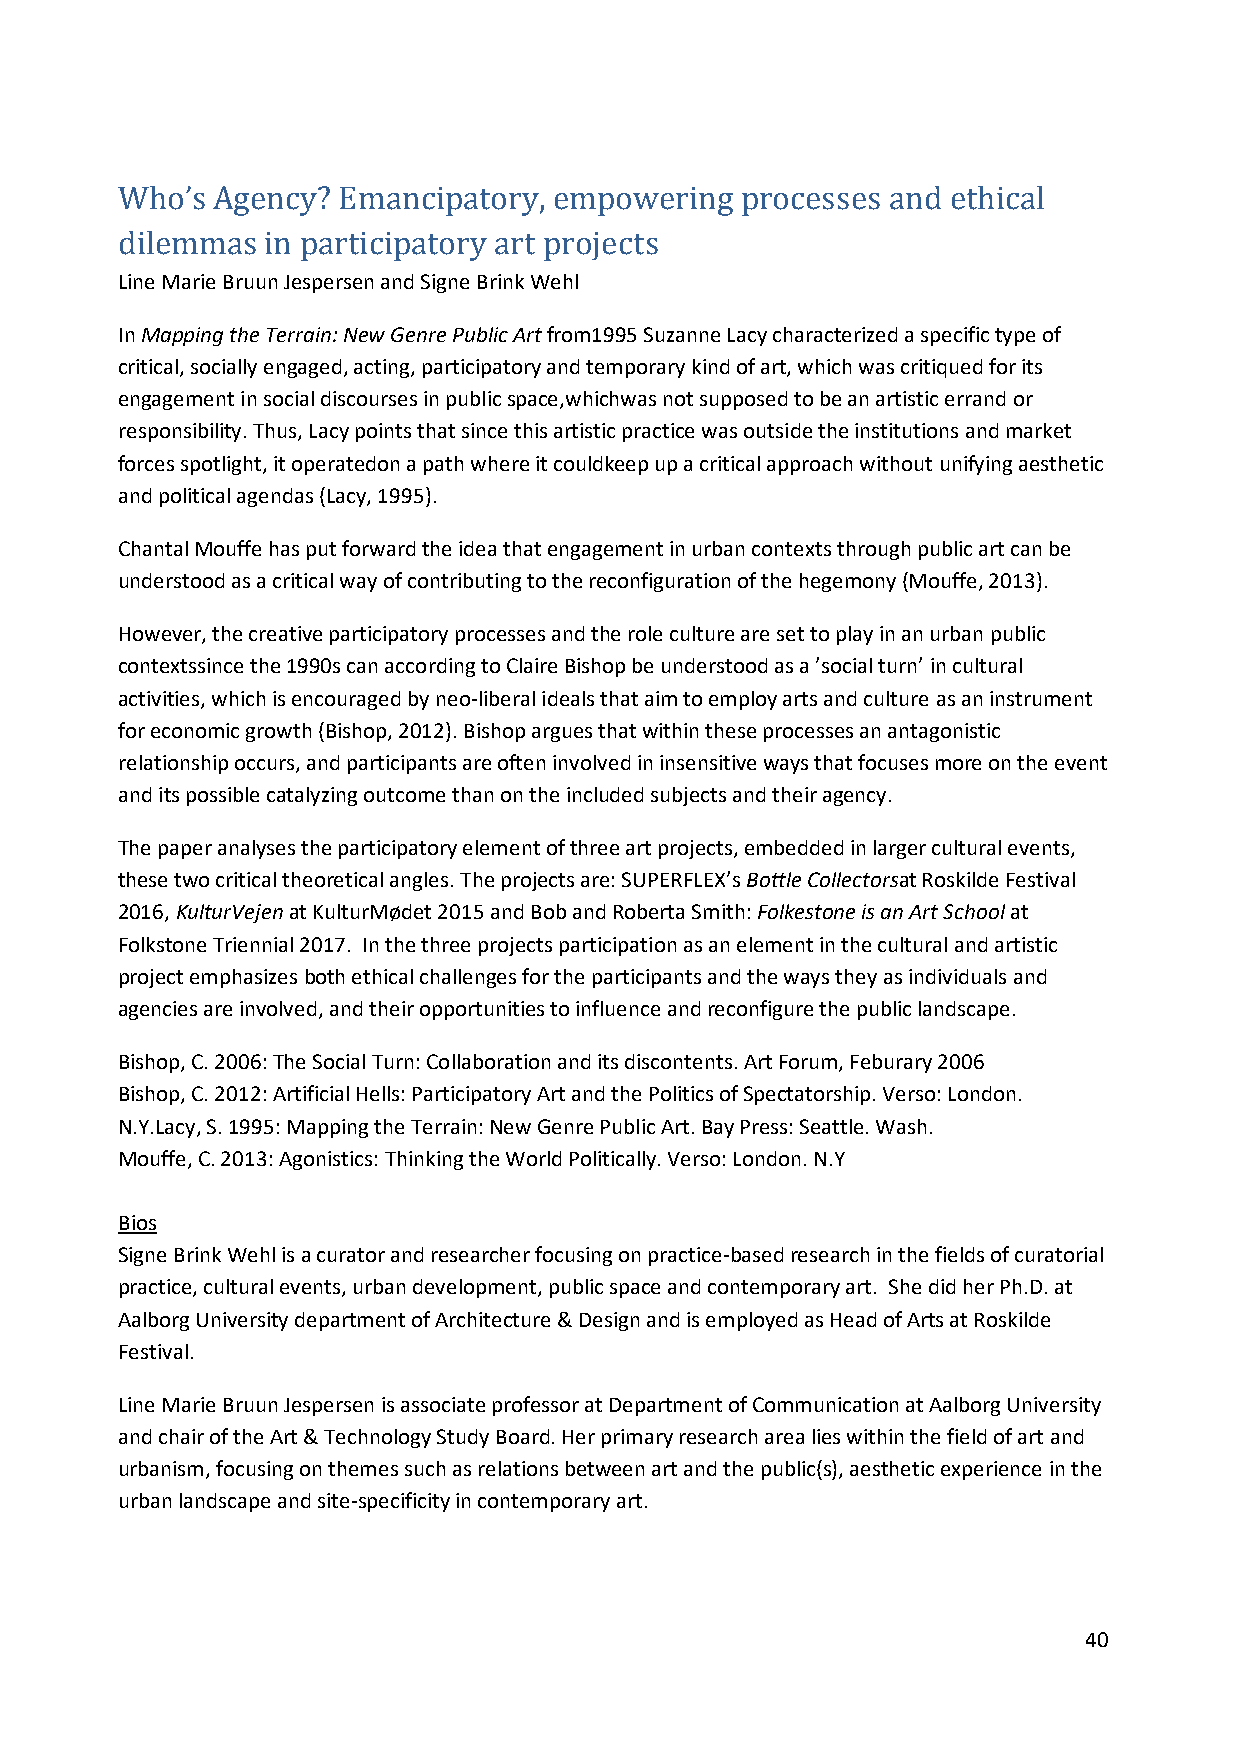
Who’s Agency? Emancipatory,  empowering  processes and ethical
 Line Marie Bruun Jespersen and Signe Brink Wehl
 dilemmas in participatory art projects
 In Mapping the Terrain: New Genre Public Art from1995 Suzanne Lacy characterized a specific type of
 critical, socially engaged, acting, participatory and temporary kind of art, which was critiqued for its
 engagement in social discourses in public space,whichwas not supposed to be an artistic errand or
 responsibility. Thus, Lacy points that since this artistic practice was outside the institutions and market
 forces spotlight, it operatedon a path where it couldkeep up a critical approach without unifying aesthetic
 and political agendas (Lacy, 1995).
 Chantal Mouffe has put forward the idea that engagement in urban contexts through public art can be
 understood as a critical way of contributing to the reconfiguration of the hegemony (Mouffe, 2013).
 However, the creative participatory processes and the role culture are set to play in an urban public
 contextssince the 1990s can according to Claire Bishop be understood as a ’social turn’ in cultural
 activities, which is encouraged by neo-liberal ideals that aim to employ arts and culture as an instrument
 for economic growth (Bishop, 2012). Bishop argues that within these processes an antagonistic
 relationship occurs, and participants are often involved in insensitive ways that focuses more on the event
 and its possible catalyzing outcome than on the included subjects and their agency.
 The paper analyses the participatory element of three art projects, embedded in larger cultural events,
 these two critical theoretical angles. The projects are: SUPERFLEX’s Bottle Collectorsat Roskilde Festival
 2016, KulturVejen at KulturMødet 2015 and Bob and Roberta Smith: Folkestone is an Art School at
 Folkstone Triennial 2017. In the three projects participation as an element in the cultural and artistic
 project emphasizes both ethical challenges for the participants and the ways they as individuals and
 agencies are involved, and their opportunities to influence and reconfigure the public landscape.
 Bishop, C. 2006: The Social Turn: Collaboration and its discontents. Art Forum, Feburary 2006
 Bishop, C. 2012: Artificial Hells: Participatory Art and the Politics of Spectatorship. Verso: London.
 N.Y.Lacy, S. 1995: Mapping the Terrain: New Genre Public Art. Bay Press: Seattle. Wash.
 Mouffe, C. 2013: Agonistics: Thinking the World Politically. Verso: London. N.Y
 Bios
 Signe Brink Wehl is a curator and researcher focusing on practice-based research in the fields of curatorial
 practice, cultural events, urban development, public space and contemporary art. She did her Ph.D. at
 Aalborg University department of Architecture & Design and is employed as Head of Arts at Roskilde
 Festival.
 Line Marie Bruun Jespersen is associate professor at Department of Communication at Aalborg University
 and chair of the Art & Technology Study Board. Her primary research area lies within the field of art and
 urbanism, focusing on themes such as relations between art and the public(s), aesthetic experience in the
 urban landscape and site-specificity in contemporary art.
 40